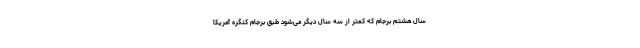
سال هشتم برجام که کمتر از سه سال دیگر می‌شود طبق برجام کنگره آمریکا